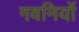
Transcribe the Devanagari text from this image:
गवनियों